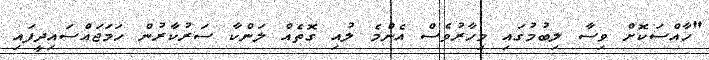
"ހާއްސަކޮށް ވިސާ ލިބުމުގައި މިހާރުވެސް އެންމެ ލުއި ގޮތެއް ލަންކާ ސަރުކާރުން ހަމަޖައްސައިދީފައި